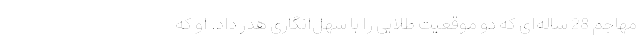
مهاجم 28 ساله‌ای که دو موقعیت طلایی را با سهل‌انگاری هدر داد. او که